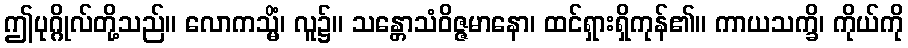
ဤပုဂ္ဂိုလ်တို့သည်။ လောကသ္မိံ၊ လူ၌။ သန္တောသံဝိဇ္ဇမာနော၊ ထင်ရှားရှိကုန်၏။ ကာယသက္ခိ၊ ကိုယ်ကို